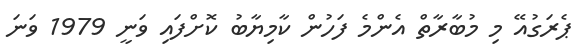
ޕެރަގުއޭ މި މުބާރާތް އެންމެ ފަހުން ކާމިޔާބު ކޮށްފައި ވަނީ 1979 ވަނަ